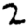
Digit: 2